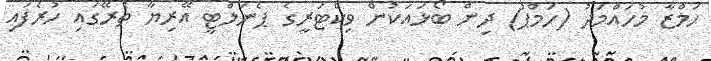
ހަމްޒާ މުހައްމަދު (ހަމްޕު) ދިން ބޯޅައަކުން ވިކްޓަރީގެ ޕެނަލްޓީ އޭރިޔާ ތެރޭގައި ހުރެފައި